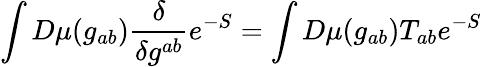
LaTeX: \int D\mu(g_{ab})\frac{\delta}{\delta g^{ab}}e^{-S}=\int D\mu(g_{ab})T_{ab}e^{-S}